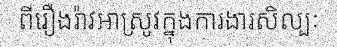
ពីរឿងរ៉ាវអាស្រូវក្នុងការងារសិល្បៈ